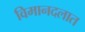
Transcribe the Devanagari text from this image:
विमानदलात